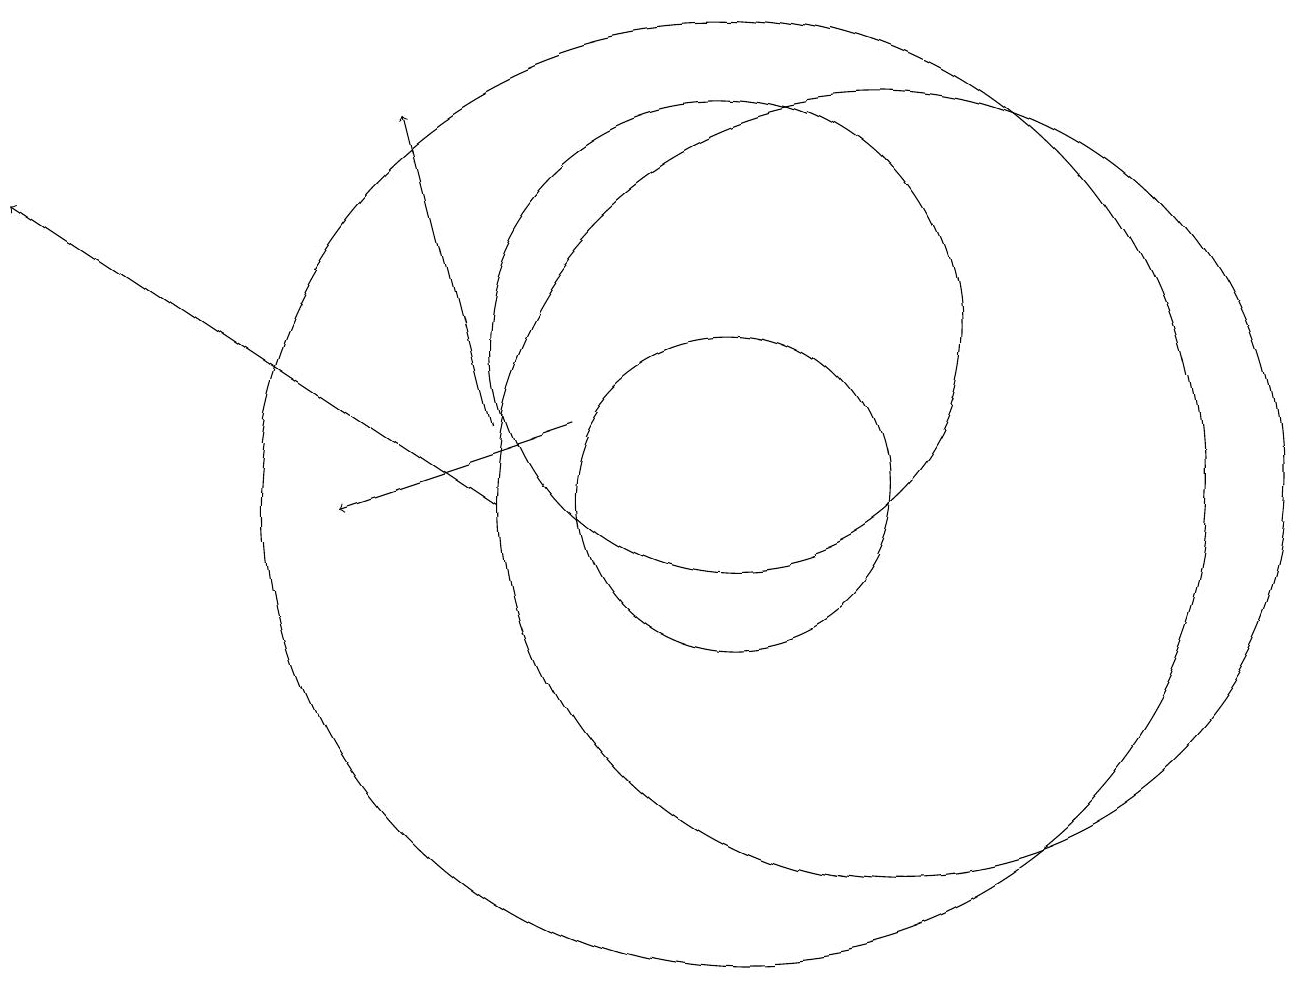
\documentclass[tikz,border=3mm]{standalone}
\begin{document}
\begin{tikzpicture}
\draw[->] (8,11) -- (5,10);
\draw (10,10) circle (6);
\draw (10,12) circle (3);
\draw (12,10) circle (5);
\draw (10,10) circle (2);
\draw[->] (7,10) -- (1,14);
\draw[->] (7,11) -- (6,15);
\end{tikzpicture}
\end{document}